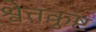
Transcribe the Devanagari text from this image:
श्वेतकुष्ट